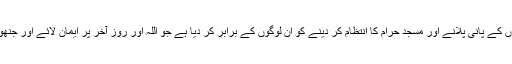
جاوید احمد غامدی کیا تم نے حاجیوں کے پانی پلانے اور مسجد حرام کا انتظام کر دینے کو اُن لوگوں کے برابر کر دیا ہے جو اللہ اور روز آخر پر ایمان لائے اور جنھوں نے اللہ کی راہ میں جہاد کیا ہے۔